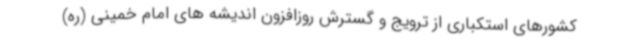
کشورهای استکباری از ترویج و گسترش روزافزون اندیشه های امام خمینی (ره)